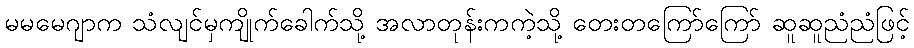
မမမေဂျာက သံလျင်မှကျိုက်ခေါက်သို့ အလာတုန်းကကဲ့သို့ တေးတကြော်ကြော် ဆူဆူညံညံဖြင့်